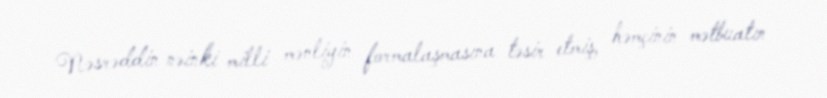
Nəsrəddin nəinki milli mənliyin formalaşmasına təsir etmiş, həmçinin mətbuatın